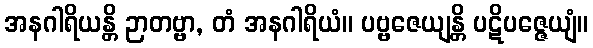
အနဂါရိယန္တိ ဉာတဗ္ဗာ, တံ အနဂါရိယံ။ ပဗ္ဗဇေယျန္တိ ပဋိပဇ္ဇေယျံ။